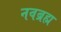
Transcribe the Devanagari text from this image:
नवब्रह्म